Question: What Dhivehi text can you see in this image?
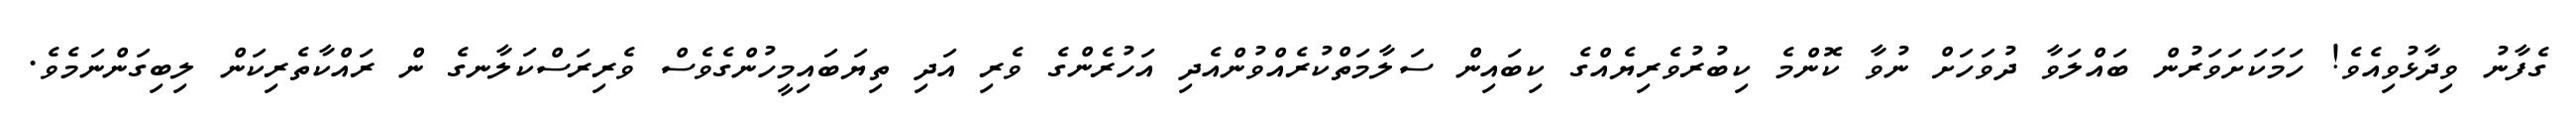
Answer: ގެފާނު ވިދާޅުވިއެވެ! ހަމަކަށަވަރުން ބައްލަވާ ދުވަހަށް ނުވާ ކޮންމެ ކިބުރުވެރިޔެއްގެ ކިބައިން ސަލާމަތްކުރެއްވުންއެދި އަހުރެންގެ ވެރި އަދި ތިޔަބައިމީހުންގެވެސް ވެރިރަސްކަލާނގެ ން ރައްކާތެރިކަން ލިބިގަންނަމެވެ.